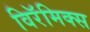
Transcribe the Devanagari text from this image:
विरॅमिक्स